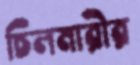
চিলমারীর